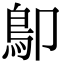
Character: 𩾓